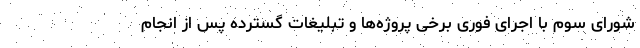
شورای سوم با اجرای فوری برخی پروژه‌ها و تبلیغات گسترده پس از انجام